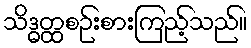
သိဒ္ဓတ္ထစဉ်းစားကြည့်သည်။